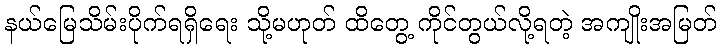
နယ်မြေသိမ်းပိုက်ရရှိရေး သို့မဟုတ် ထိတွေ့ ကိုင်တွယ်လို့ရတဲ့ အကျိုးအမြတ်